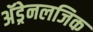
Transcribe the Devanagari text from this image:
अॅड्रेनलजिक